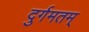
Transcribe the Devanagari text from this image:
दुर्गमतम्